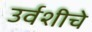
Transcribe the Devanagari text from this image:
उर्वशीचे